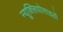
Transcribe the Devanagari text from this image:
न्यूक्लियोसाइडों